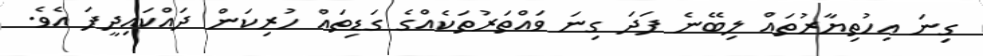
ގިނަ އިހުތިޔާރުތައް ލިބޭނެ ފަދަ ގިނަ ވައްތަރުތަކެއްގެ ގަޑިތައް ހުރިކަން ދައްކައިދީފަ އެވެ.